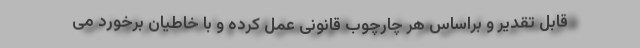
قابل تقدیر و براساس هر چارچوب قانونی عمل کرده و با خاطیان برخورد می